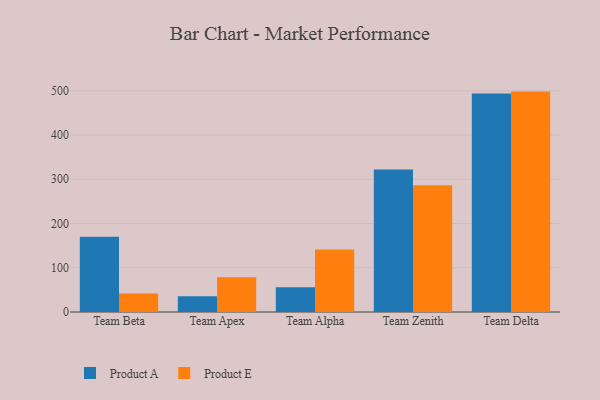
{"axis": {"x": "Team", "y": "Headcount"}, "legend": ["Product A", "Product E"], "data": [{"x": "Team Beta", "y": 169.9, "type": "Product A"}, {"x": "Team Beta", "y": 41.7, "type": "Product E"}, {"x": "Team Apex", "y": 35.4, "type": "Product A"}, {"x": "Team Apex", "y": 78.7, "type": "Product E"}, {"x": "Team Alpha", "y": 56.0, "type": "Product A"}, {"x": "Team Alpha", "y": 141.3, "type": "Product E"}, {"x": "Team Zenith", "y": 322.1, "type": "Product A"}, {"x": "Team Zenith", "y": 286.3, "type": "Product E"}, {"x": "Team Delta", "y": 493.9, "type": "Product A"}, {"x": "Team Delta", "y": 498.2, "type": "Product E"}]}